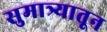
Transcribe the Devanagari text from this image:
सुमात्र्यातून